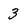
Character: 3